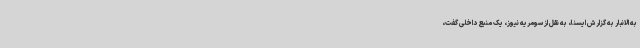
به الانبار به گزارش ایسنا، به نقل از سومریه نیوز، یک منبع داخلی گفت،